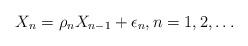
LaTeX: \begin{align*}X_{n}=\rho_{n}X_{n-1}+\epsilon_{n},n=1,2,\ldots\end{align*}